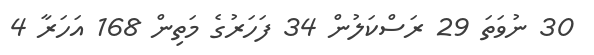
30 ނުވަތަ 29 ރަސްކަލުން 34 ފަހަރުގެ މަތިން 168 އަހަރާ 4